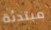
مبتدئة